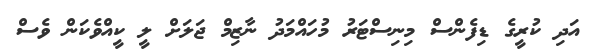
އަދި ކުރީގެ ޑިފެންސް މިނިސްޓަރު މުހައްމަދު ނާޒިމް ޖަލަށް ލީ ކީއްވެކަން ވެސް